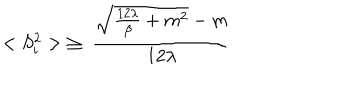
LaTeX: < S _ { i } ^ { 2 } > \; \ge \; \frac { { \sqrt { \frac { 1 2 \lambda } { \beta } + m ^ { 2 } } } - m } { 1 2 \lambda }